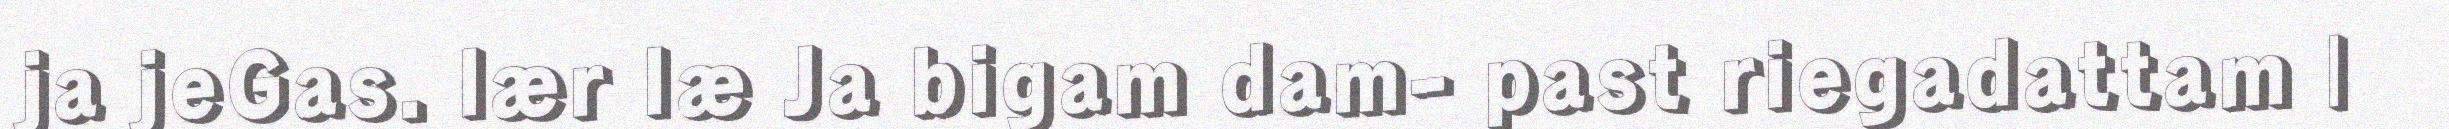
ja jeGas. lær læ Ja bigam dam- past riegadattam |